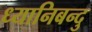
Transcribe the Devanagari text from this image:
ध्यानिबन्दु